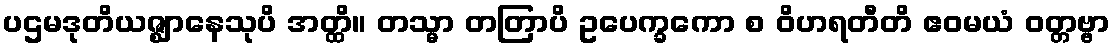
ပဌမဒုတိယဇ္ဈာနေသုပိ အတ္ထိ။ တသ္မာ တတြာပိ ဥပေက္ခကော စ ဝိဟရတီတိ ဧဝမယံ ဝတ္တဗ္ဗာ